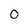
Character: 0